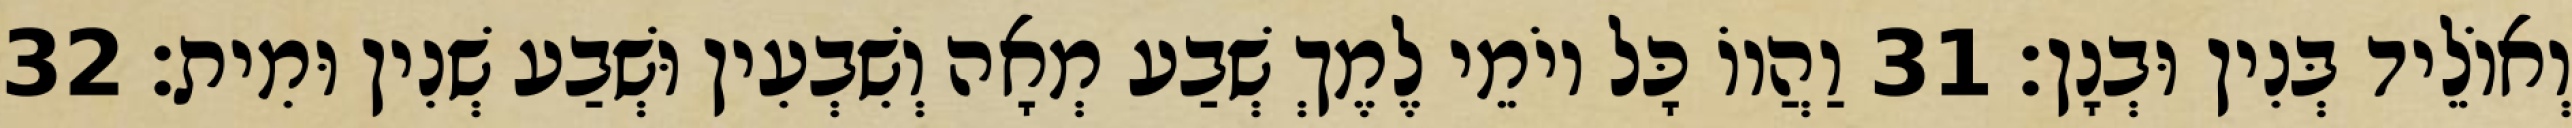
וְאוֹלֵיד בְּנִין וּבְנָן׃ 31 וַהֲווֹ כָּל יוֹמֵי לֶמֶךְ שְׁבַע מְאָה וְשִׁבְעִין וּשְׁבַע שְׁנִין וּמִית׃ 32